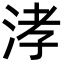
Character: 涍